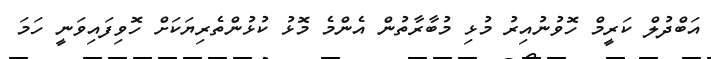
އަބްދުލް ކަރީމް ހޮވުނުއިރު މުޅި މުބާރާތުން އެންމެ މޮޅު ކުޅުންތެރިޔަކަށް ހޮވިފައިވަނީ ހަމަ